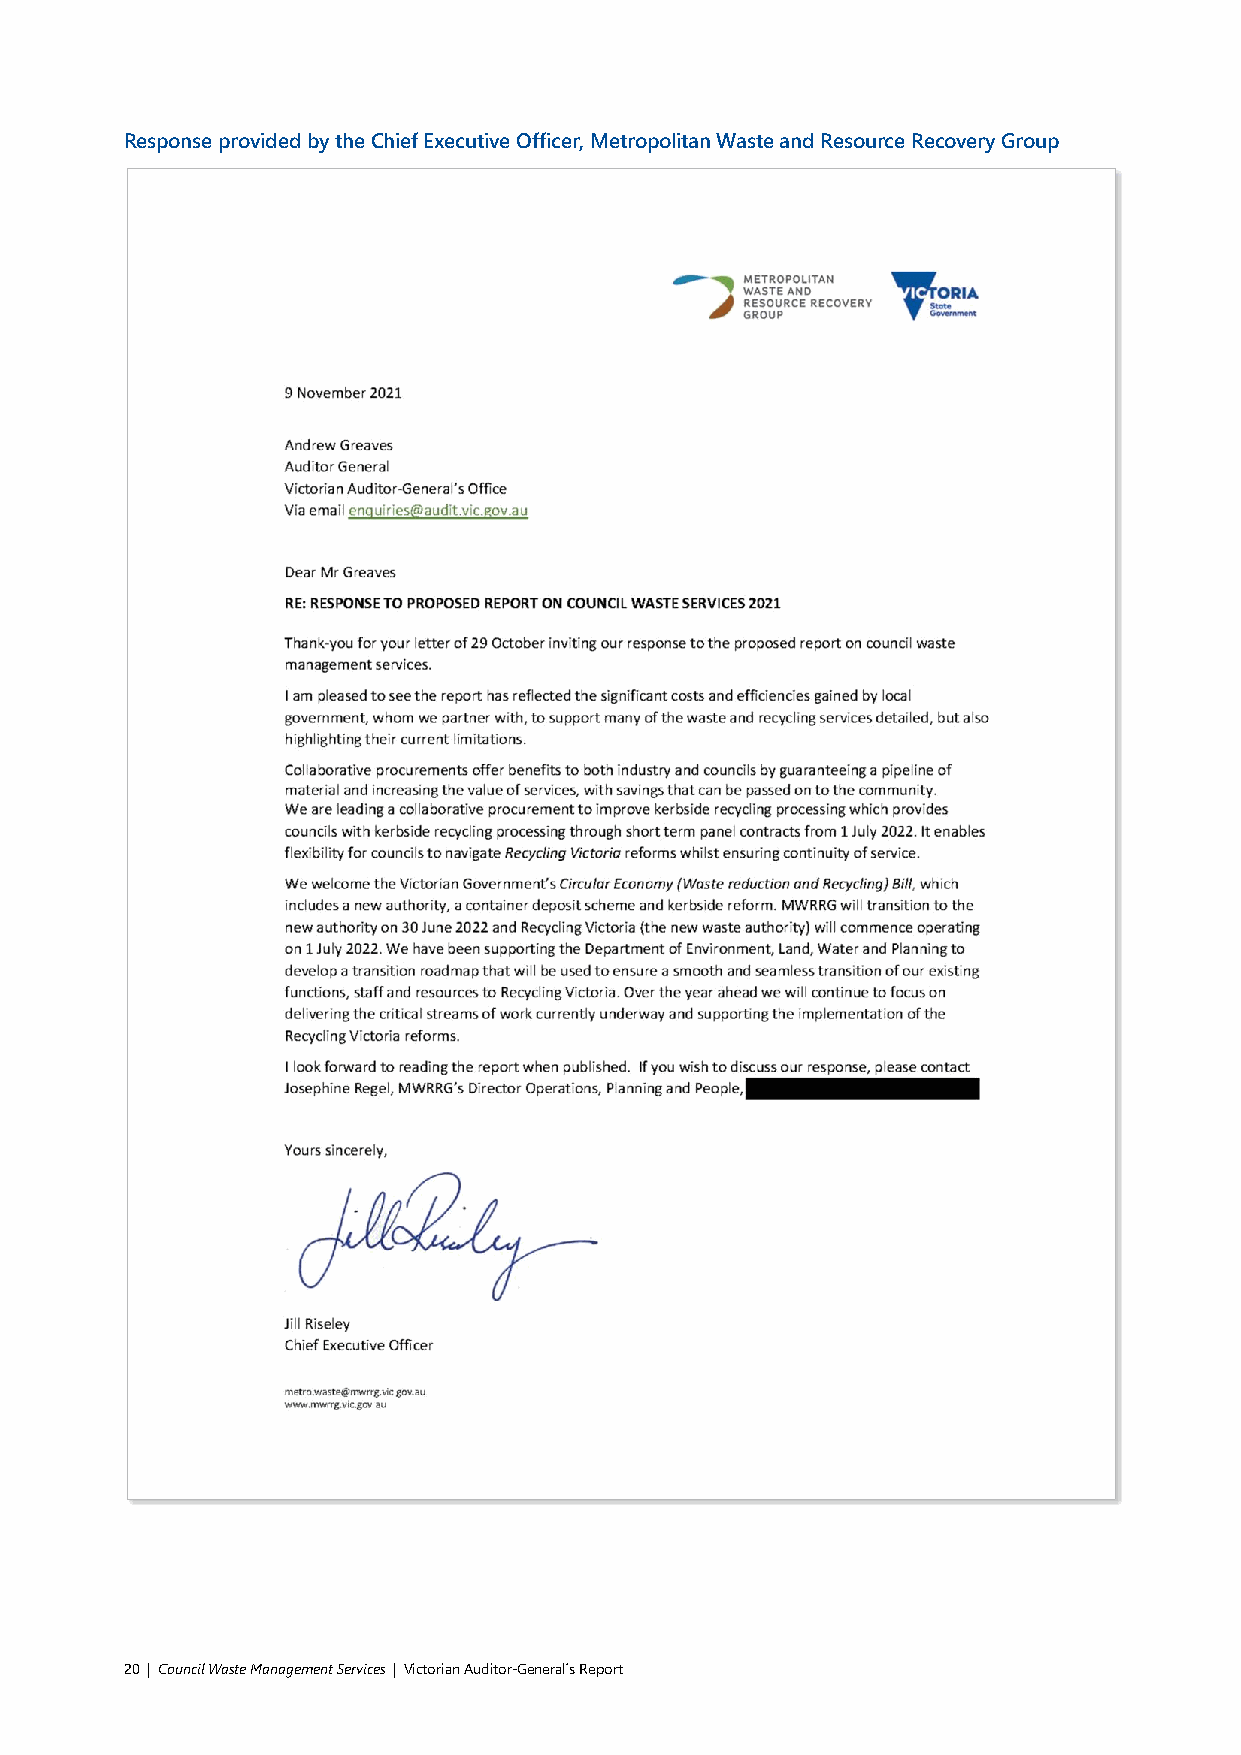
Response provided by the Chief Executive Officer, Metropolitan Waste and Resource Recovery Group
 20 | Council Waste Management Services | Victorian Auditor-General´s Report